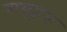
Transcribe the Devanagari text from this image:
यासूहरू